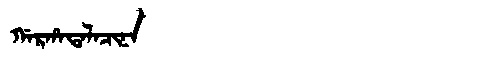
Manchu: ᡤᠠᡵᡥᠠᡨᠠᠯᠠᠴᡳᠨᠠ
Romanization: GARHATALACINA